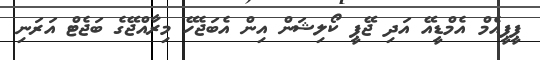
ޕީޕީއެމް އެމްޑީއޭ އަދި ޖޭޕީ ކޯލިޝަން އިން އެބަޖެހޭ މިރާއްޖޭގެ ބަޖެޓް އަރަނި